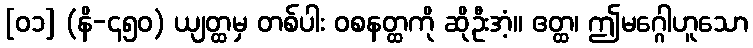
[၀၁] (နိ-၄၅၀) ယျတ္ထမှ တစ်ပါး ဝစနတ္ထကို ဆိုဦးအံ့။ ဧတ္ထ၊ ဤမဂ္ဂေါဟူသော